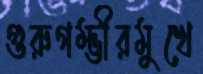
গুরুগম্ভীরমুখে